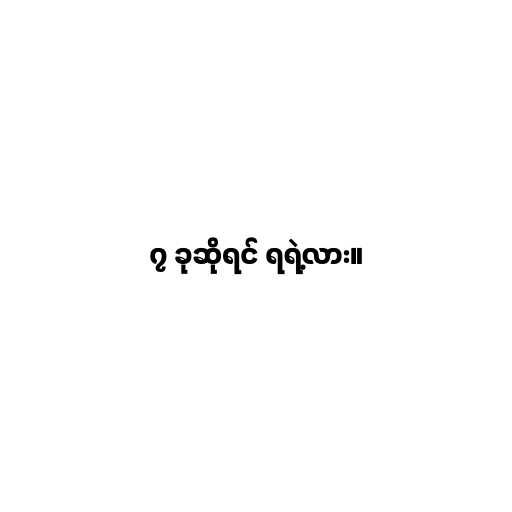
၇ ခုဆိုရင် ရရဲ့လား။